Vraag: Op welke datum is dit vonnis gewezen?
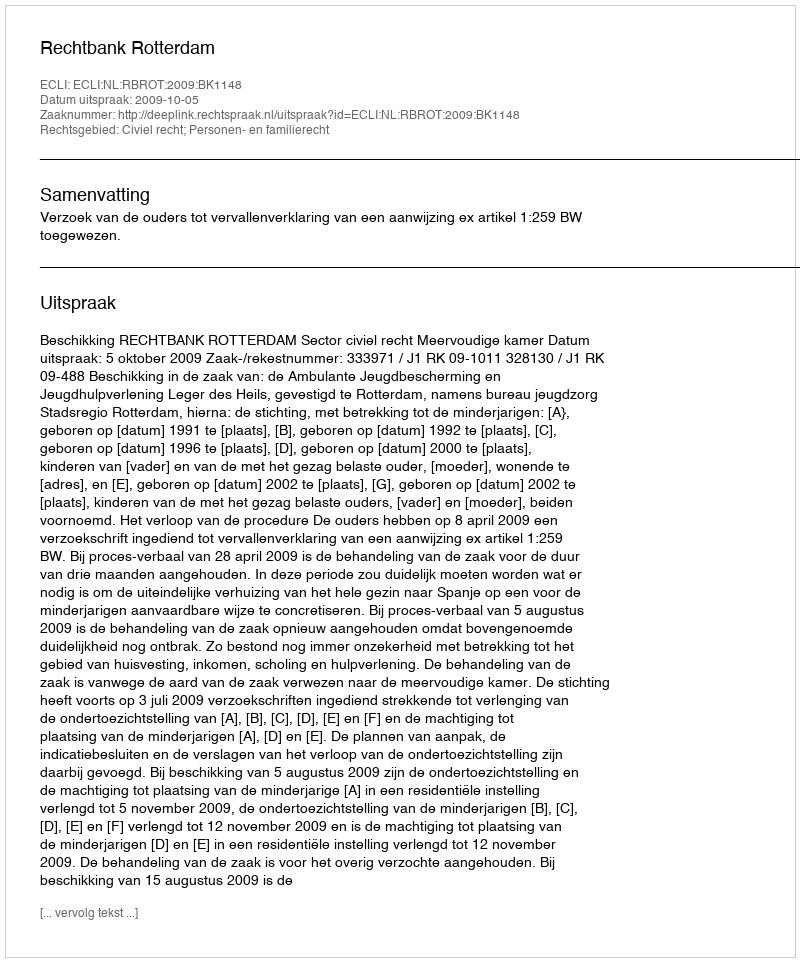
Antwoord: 2009-10-05